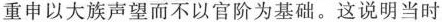
重申以大族声望而不以官阶为基础。这说明当时